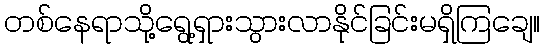
တစ်နေရာသို့ရွေ့ရှားသွားလာနိုင်ခြင်းမရှိကြချေ။